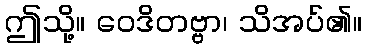
ဤသို့။ ဝေဒိတဗ္ဗာ၊ သိအပ်၏။